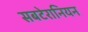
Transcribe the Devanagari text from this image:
सबटेरानियन